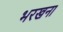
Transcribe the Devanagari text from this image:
भरखना